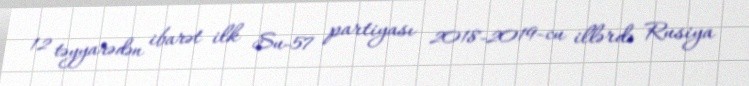
12 təyyarədən ibarət ilk Su-57 partiyası 2018-2019-cu illərdə Rusiya